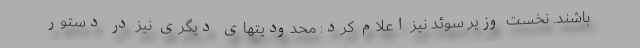
باشند. نخست وزیر سوئد نیز اعلام کرد: محدودیتهای دیگری نیز در دستور